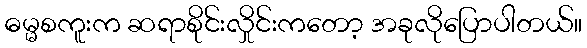
ဓမ္မစကူးက ဆရာစိုင်းလှိုင်းကတော့ အခုလိုပြောပါတယ်။